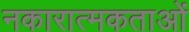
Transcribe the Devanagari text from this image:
नकारात्मकताओं